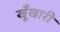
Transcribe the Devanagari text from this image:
खूँखारी